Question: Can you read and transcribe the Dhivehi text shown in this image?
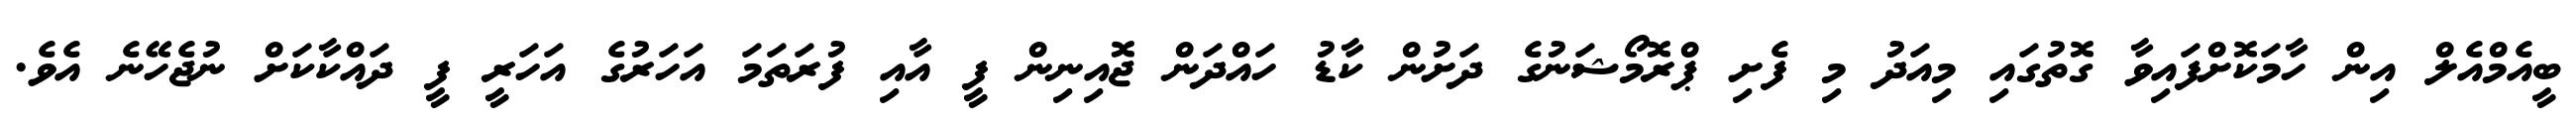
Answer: ބީއެމްއެލް އިން ހާމަކޮށްފައިވާ ގޮތުގައި މިއަދު މި ފެށި ޕްރޮމޯޝަނުގެ ދަށުން ކާޑު ހައްދަން ޖޮއިނިން ފީ އާއި ފުރަތަމަ އަހަރުގެ އަހަރީ ފީ ދައްކާކަށް ނުޖެހޭނެ އެވެ.